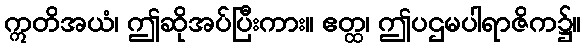
ဣတိအယံ၊ ဤဆိုအပ်ပြီးကား။ ဧတ္ထ၊ ဤပဌမပါရာဇိက၌။